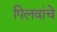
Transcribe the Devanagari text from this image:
पिलवांचे